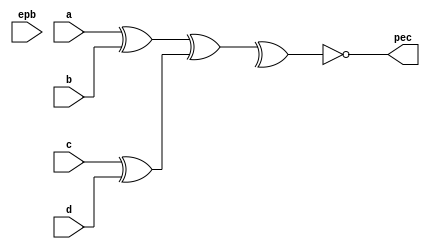
module epbc(
    input a,
    input b,
    input c,
    input d,   
    input epb,

    output pec
);

assign pec = ~( (a^b)^(c^d)^ebp);

endmodule